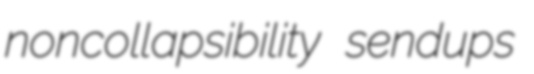
noncollapsibility sendups